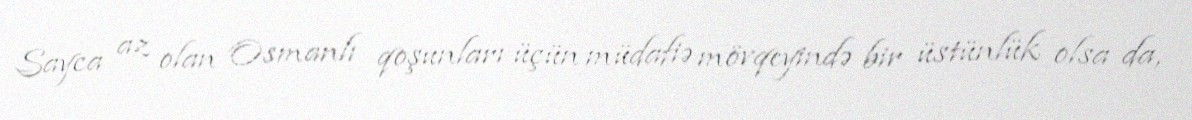
Sayca az olan Osmanlı qoşunları üçün müdafiə mövqeyində bir üstünlük olsa da,